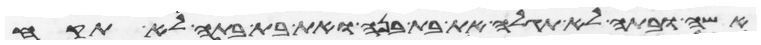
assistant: אשה ובתה לא תגלה את בת בנה ואת בת בתה לא תקח